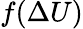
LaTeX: f(\Delta U)